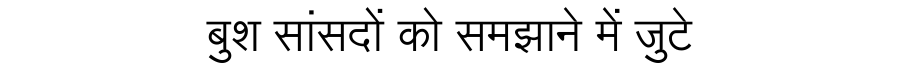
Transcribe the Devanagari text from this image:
बुश सांसदों को समझाने में जुटे